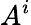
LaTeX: A^{i}